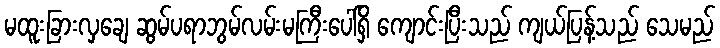
မထူးခြားလှချေ ဆွမ်ပရာဘွမ်လမ်းမကြီးပေါ်ရှိ ကျောင်းပြီးသည် ကျယ်ပြန့်သည် သေမည်